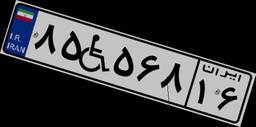
۸۵W۵۶۸۱۶